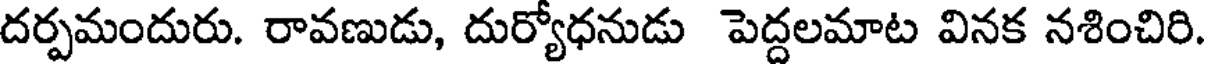
దర్పమందురు. రావణుడు, దుర్యోధనుడు పెద్దలమాట వినక నశించిరి.